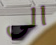
الى